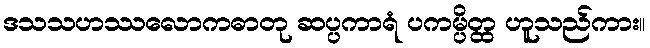
ဒသသဟဿလောကဓာတု ဆပ္ပကာရံ ပကမ္ပိတ္ထ ဟူသည်ကား။